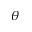
\theta